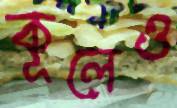
কূলেও